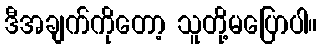
ဒီအချက်ကိုတော့ သူတို့မပြောပါ။